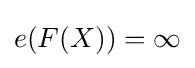
e(F(X))=\infty